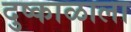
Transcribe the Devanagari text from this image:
दुष्काळाला